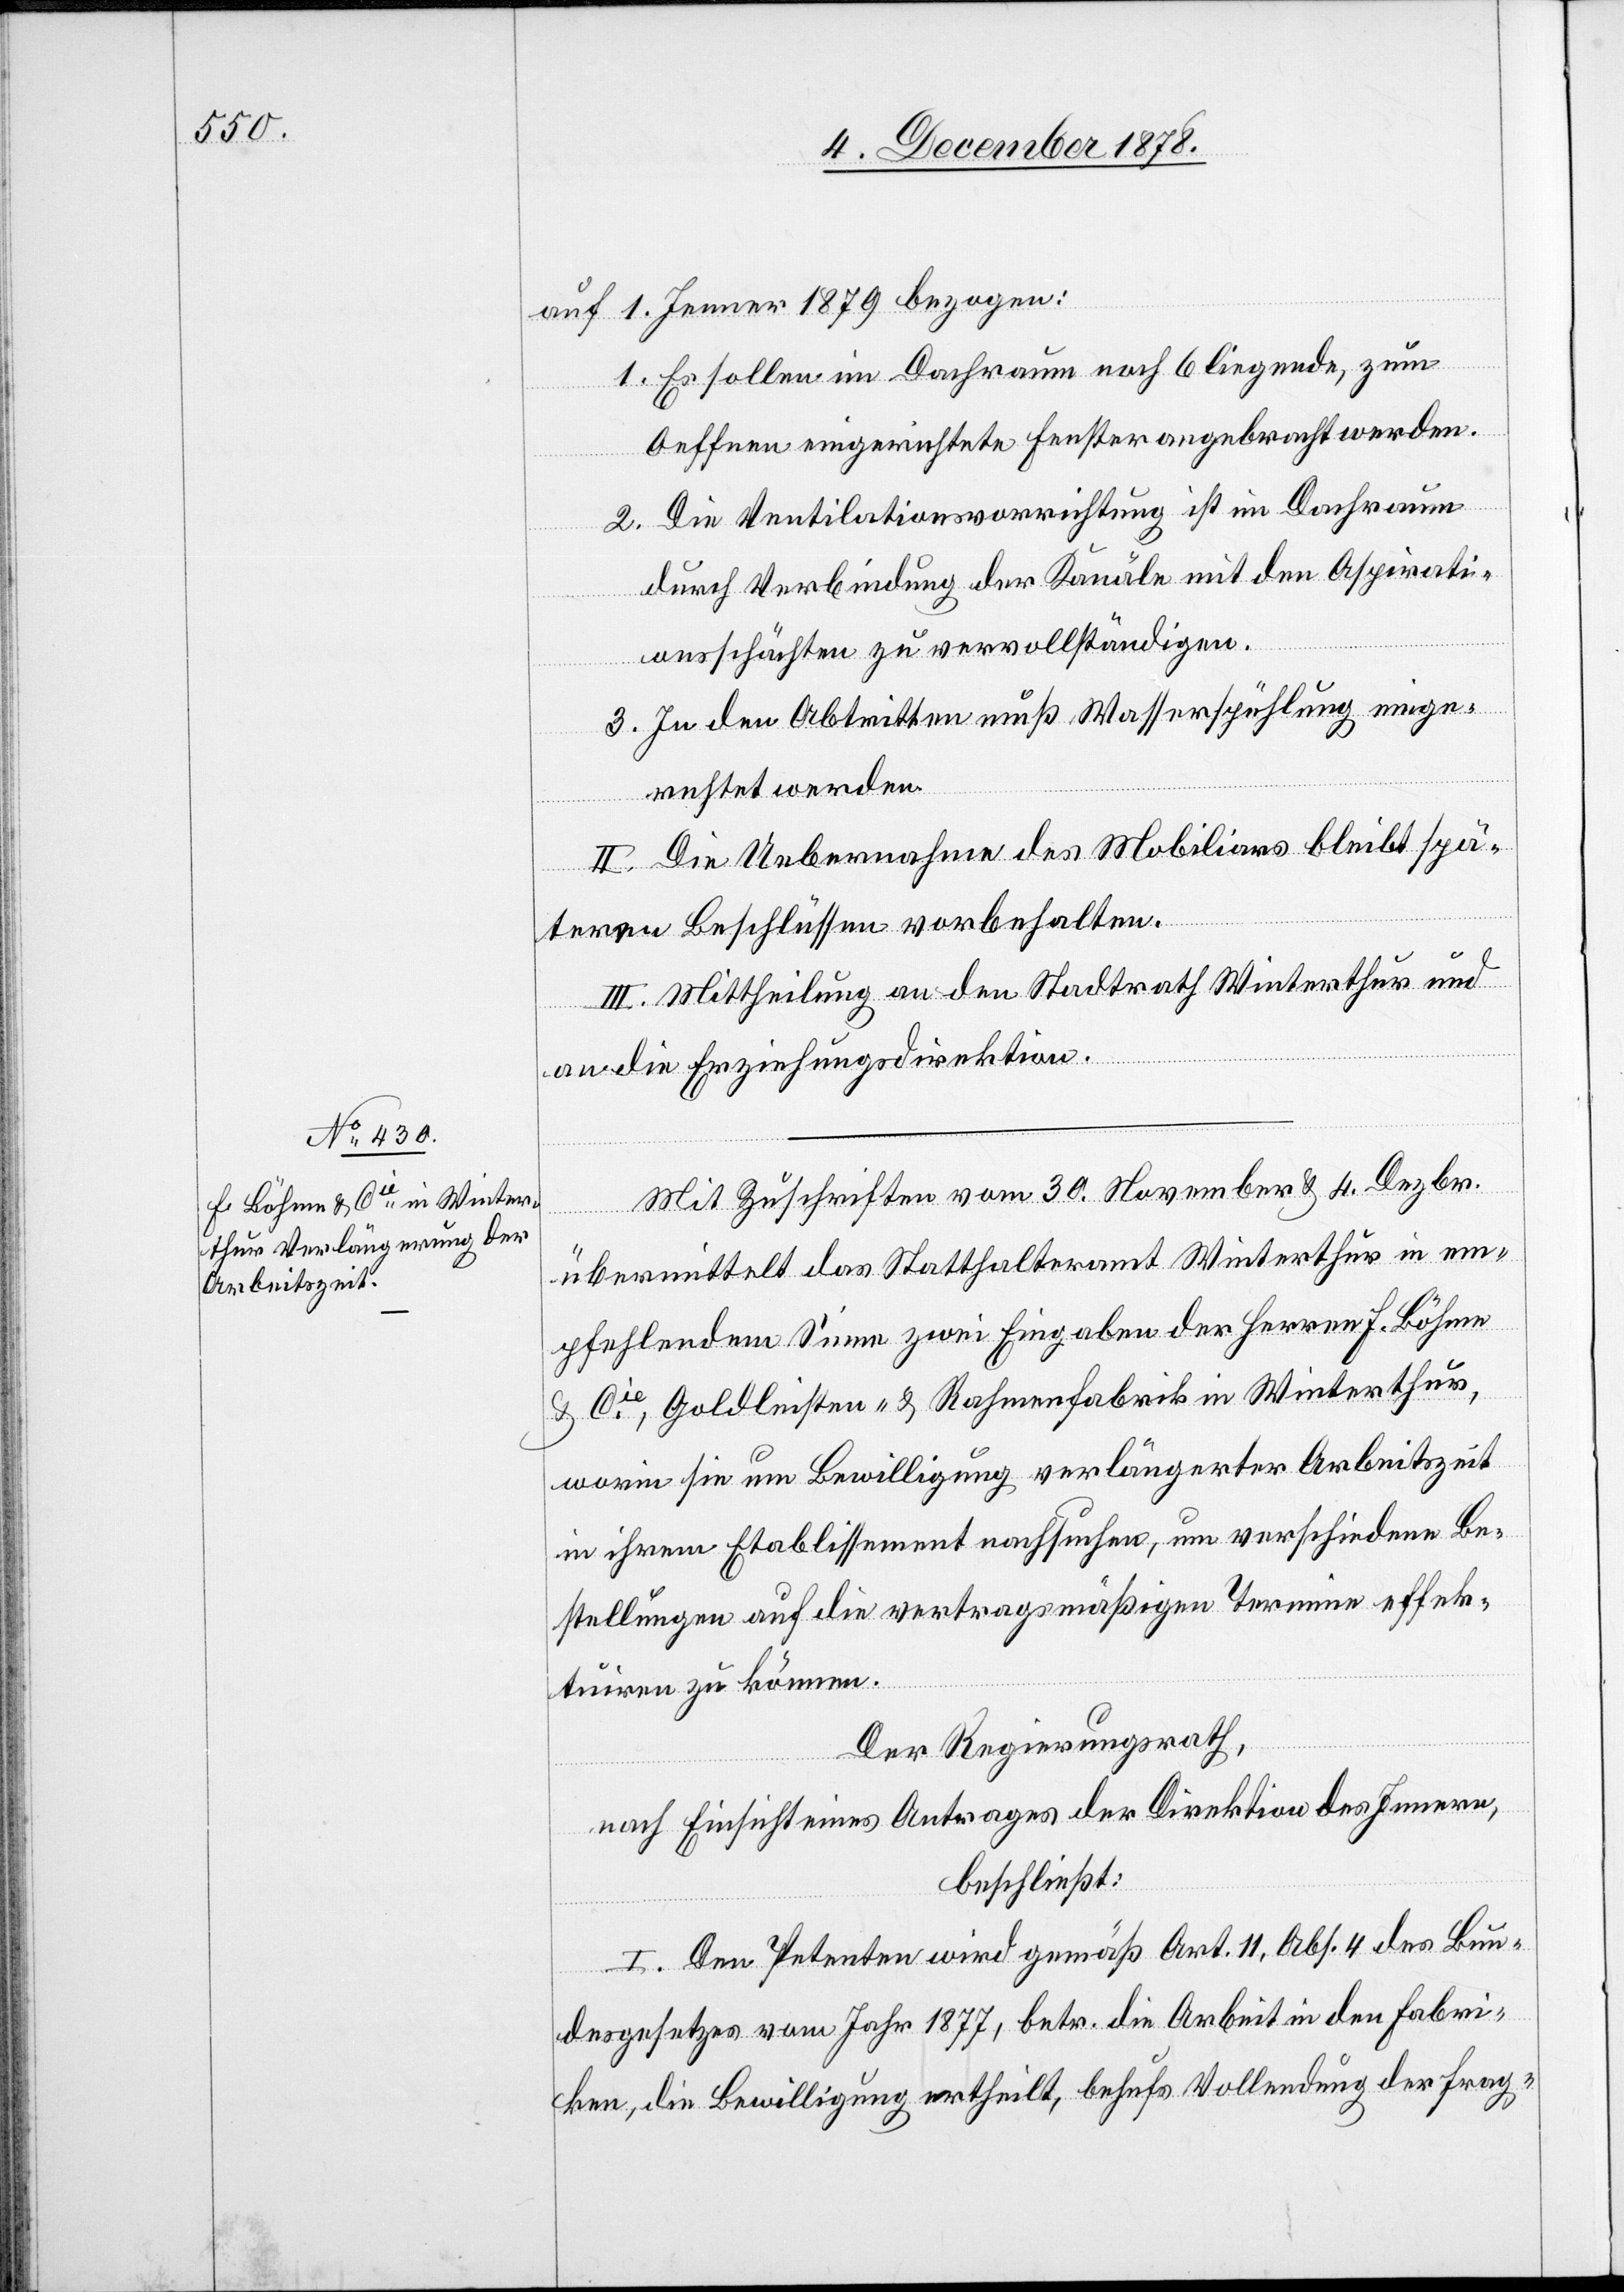
auf 1. Jenner 1879 bezogen:
1. Es sollen im Dachraum noch 6 liegende, zum
Oeffnen eingerichtete Fenster angebracht werden.
2. Die Ventilationsvorrichtung ist im Dachraum
durch Verbindung der Kanäle mit den Aspirati¬
onsschächten zu vervollständigen.
3. In den Abtritten muß Wasserspühlung einge¬
richtet werden.
II. Die Uebernahme des Mobiliars bleibt spä¬
teren Beschlüssen vorbehalten.
III. Mittheilung an den Stadtrath Winterthur und
an die Erziehungsdirektion.
Mit Zuschriften vom 30. November & 4. Dezbr.
übermittelt das Statthalteramt Winterthur in em¬
pfehlendem Sinne zwei Eingaben der Herren F. Böhme
& Cie, Goldleisten- & Rahmenfabrik in Winterthur,
worin sie um Bewilligung verlängerter Arbeitszeit
in ihrem Etablissement nachsuchen, um verschiedene Be¬
stellungen auf die vertragsmäßigen Termine effek¬
tuiren zu können.
Der Regierungsrath,
nach Einsicht eines Antrages der Direktion des Innern,
beschließt:
I. Den Petenten wird gemäß Art. 11, Abs. 4 des Bun¬
desgesetzes vom Jahr 1877, betr. die Arbeit in den Fabri¬
ken, die Bewilligung ertheilt, behufs Vollendung der frag-